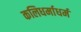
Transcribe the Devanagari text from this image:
कलिधर्माधर्म